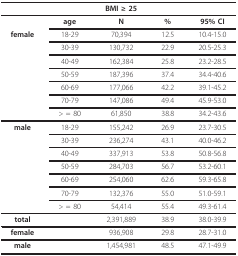
|  |  | BMI ≥ 25 |  |  |
 | --- | --- | --- | --- | --- |
 |  | age | N | % | 95% CI |
 | female | 18-29 | 70,394 | 12.5 | 10.4-15.0 |
 |  | 30-39 | 130,732 | 22.9 | 20.5-25.3 |
 |  | 40-49 | 162,384 | 25.8 | 23.2-28.5 |
 |  | 50-59 | 187,396 | 37.4 | 34.4-40.6 |
 |  | 60-69 | 177,066 | 42.2 | 39.1-45.2 |
 |  | 70-79 | 147,086 | 49.4 | 45.9-53.0 |
 |  | > = 80 | 61,850 | 38.8 | 34.2-43.6 |
 | male | 18-29 | 155,242 | 26.9 | 23.7-30.5 |
 |  | 30-39 | 236,274 | 43.1 | 40.0-46.2 |
 |  | 40-49 | 337,913 | 53.8 | 50.8-56.8 |
 |  | 50-59 | 284,703 | 56.7 | 53.2-60.1 |
 |  | 60-69 | 254,060 | 62.6 | 59.3-65.8 |
 |  | 70-79 | 132,376 | 55.0 | 51.0-59.1 |
 |  | > = 80 | 54,414 | 55.4 | 49.3-61.4 |
 | total |  | 2,391,889 | 38.9 | 38.0-39.9 |
 | female |  | 936,908 | 29.8 | 28.7-31.0 |
 | male |  | 1,454,981 | 48.5 | 47.1-49.9 |